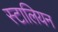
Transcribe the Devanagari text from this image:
स्टालियन